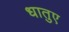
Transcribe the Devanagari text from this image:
धातुए